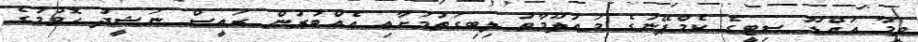
ވީމާ އައްޑޫ ސިޓީގެ ކެމްޕޭނުގެ މަޢުލޫމާތު ލިބިގަތުމަށާއި އެއްބުރުން ރައީސް ނަޝީދު ހޮވުމުގެ